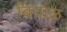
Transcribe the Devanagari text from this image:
बियाळ